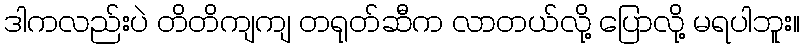
ဒါကလည်းပဲ တိတိကျကျ တရုတ်ဆီက လာတယ်လို့ ပြောလို့ မရပါဘူး။